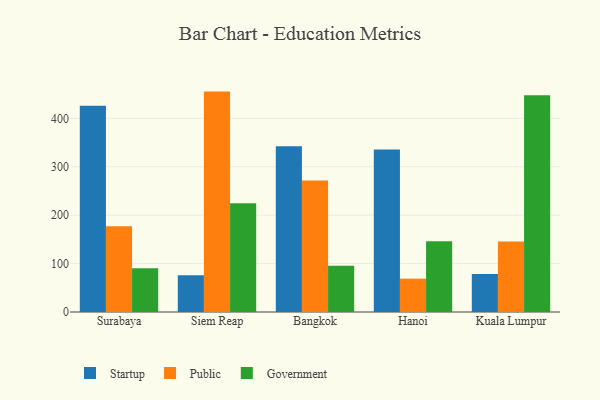
{"axis": {"x": "City", "y": "Population (Million)"}, "legend": ["Government", "Public", "Startup"], "data": [{"x": "Surabaya", "y": 425.9, "type": "Startup"}, {"x": "Surabaya", "y": 177.0, "type": "Public"}, {"x": "Surabaya", "y": 90.4, "type": "Government"}, {"x": "Siem Reap", "y": 76.1, "type": "Startup"}, {"x": "Siem Reap", "y": 455.3, "type": "Public"}, {"x": "Siem Reap", "y": 224.8, "type": "Government"}, {"x": "Bangkok", "y": 342.3, "type": "Startup"}, {"x": "Bangkok", "y": 271.7, "type": "Public"}, {"x": "Bangkok", "y": 95.5, "type": "Government"}, {"x": "Hanoi", "y": 335.8, "type": "Startup"}, {"x": "Hanoi", "y": 68.9, "type": "Public"}, {"x": "Hanoi", "y": 146.1, "type": "Government"}, {"x": "Kuala Lumpur", "y": 78.7, "type": "Startup"}, {"x": "Kuala Lumpur", "y": 145.8, "type": "Public"}, {"x": "Kuala Lumpur", "y": 447.6, "type": "Government"}]}